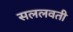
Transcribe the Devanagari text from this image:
सललवती